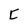
Character: C